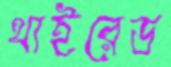
থাইরেড